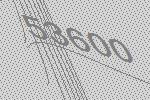
53600